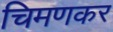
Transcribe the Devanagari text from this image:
चिमणकर